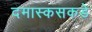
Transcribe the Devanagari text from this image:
दमास्कसकडे